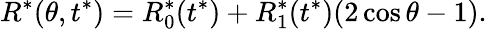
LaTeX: R^{*}(\theta,t^{*})=R_{0}^{*}(t^{*})+R_{1}^{*}(t^{*})(2\cos\theta-1).